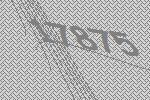
17875